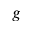
g